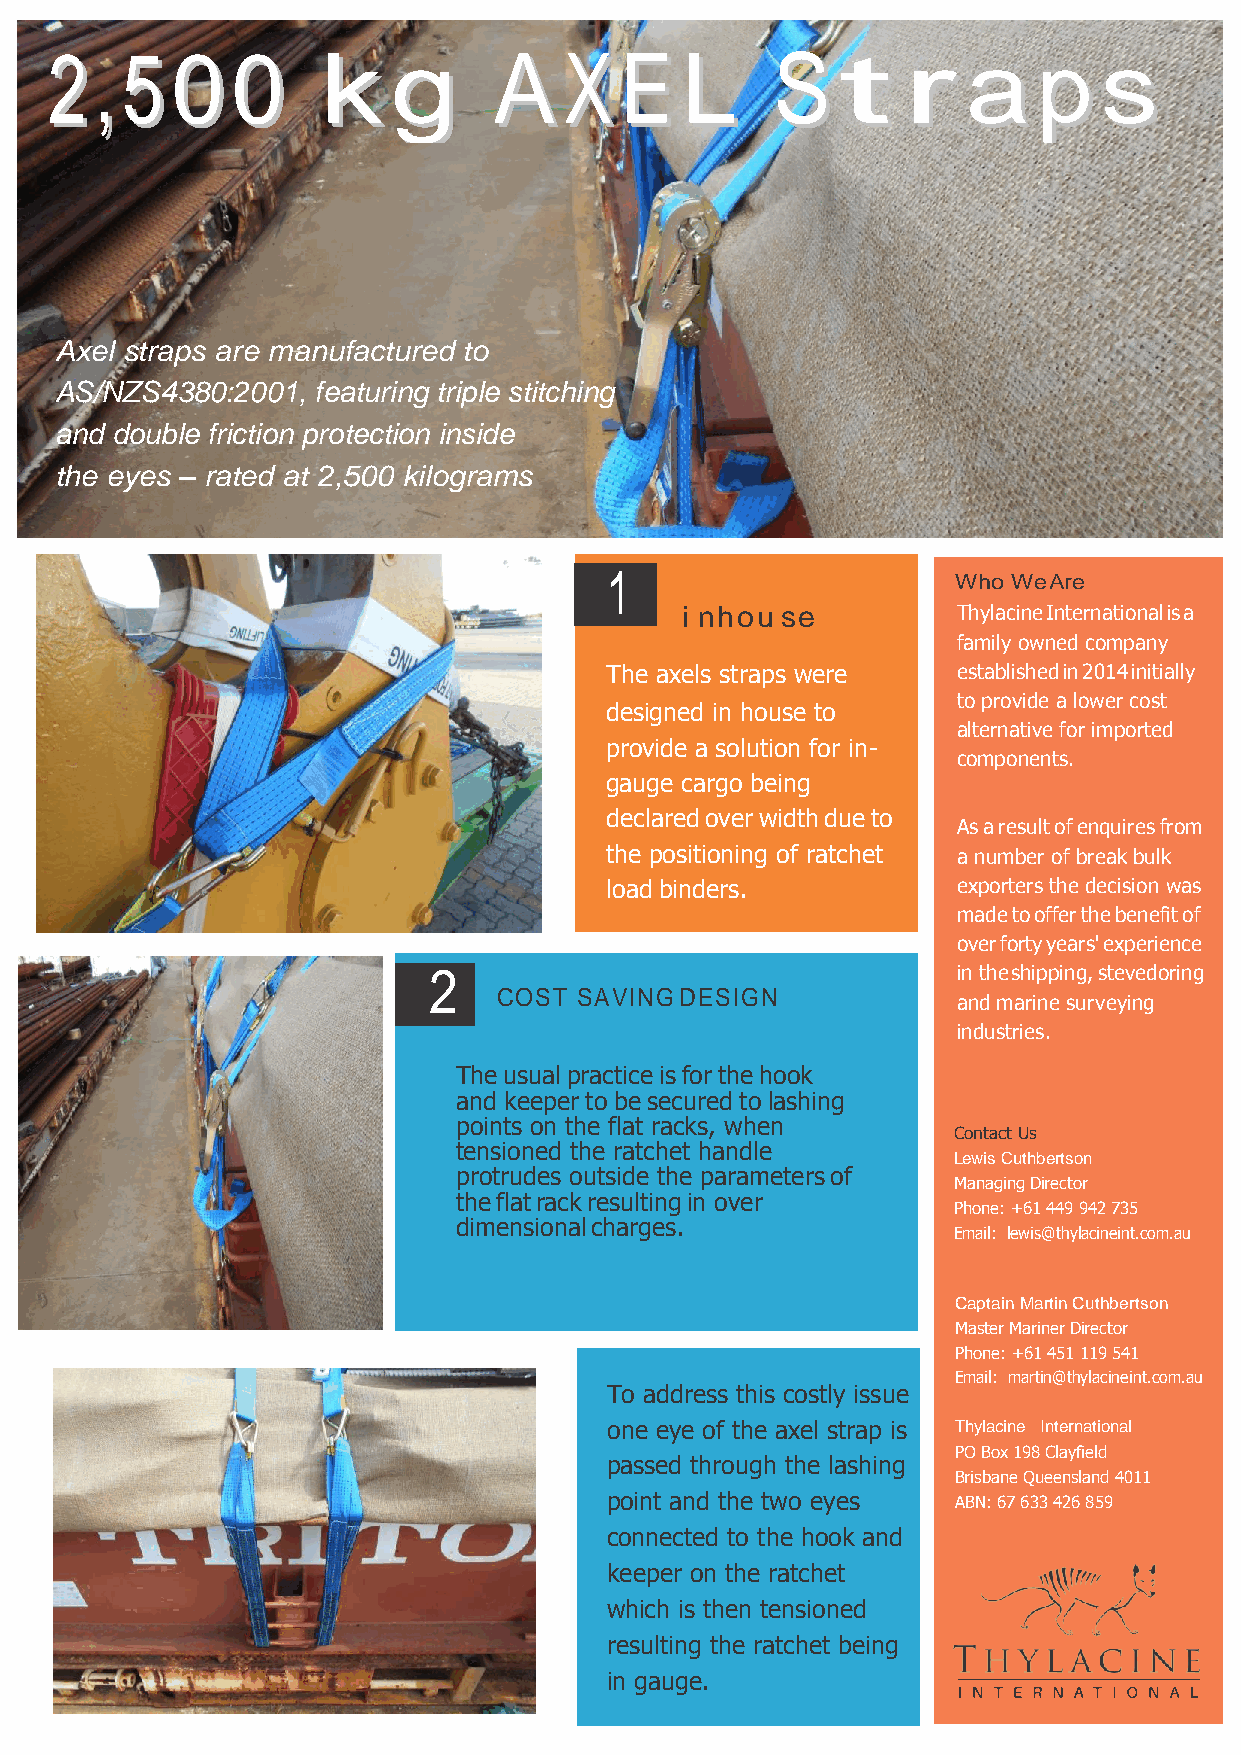
22 ,, 550000      kkgg        AAXXEELL          SSttrraappss
 Axel straps are manufactured to
 AS/NZS4380:2001, featuring triple stitching
 and double friction protection inside
 the eyes – rated at 2,500 kilograms
 1
 Who We Are
 i nhou se         Thylacine International is a
 family owned company
 The axels straps were  established in 2014 initially
 to provide a lower cost
 designed in house to
 alternative for imported
 provide a solution for in-
 components.
 gauge cargo being
 declared over width due to
 As a result of enquires from
 the positioning of ratchet a number of break bulk
 load binders.          exporters the decision was
 made to offer the benefit of
 over forty years' experience
 2                                  in the shipping, stevedoring
 COST SAVING DESIGN
 and marine surveying
 industries.
 The usual practice is for the hook
 and keeper to be secured to lashing
 points on the flat racks, when
 Contact Us
 tensioned the ratchet handle
 Lewis Cuthbertson
 protrudes outside the parameters of
 Managing Director
 the flat rack resulting in over
 Phone: +61 449 942 735
 dimensional charges.
 Email: lewis@thylacineint.com.au
 Captain Martin Cuthbertson
 Master Mariner Director
 Phone: +61 451 119 541
 Email: martin@thylacineint.com.au
 To address this costly issue
 one eye of the axel strap is Thylacine International
 PO Box 198 Clayfield
 passed through the lashing
 Brisbane Queensland 4011
 point and the two eyes ABN: 67 633 426 859
 connected to the hook and
 keeper on the ratchet
 which is then tensioned
 resulting the ratchet being
 in gauge.